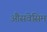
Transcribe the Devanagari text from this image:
औसवेसिम